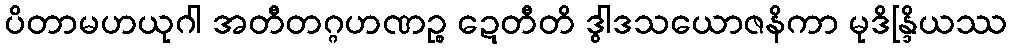
ပိတာမဟယုဂါ အတီတဂ္ဂဟဏဉ္စ ဍေတီတိ ဒွါဒသယောဇနိကာ မုဒိန္ဒြိယဿ